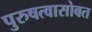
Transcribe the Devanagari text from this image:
पुरुषत्वासोबत